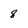
Character: 8